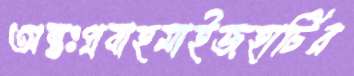
অন্তঃপ্রবাহমাইজহাটির